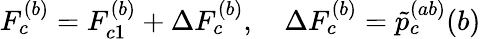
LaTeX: F_{c}^{(b)}=F_{c1}^{(b)}+\Delta F_{c}^{(b)},\quad\Delta F_{c}^{(b)}=\tilde{p}_{c}^{(ab)}(b)